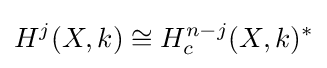
H^{j}(X,k)\cong H_{c}^{n-j}(X,k)^{*}